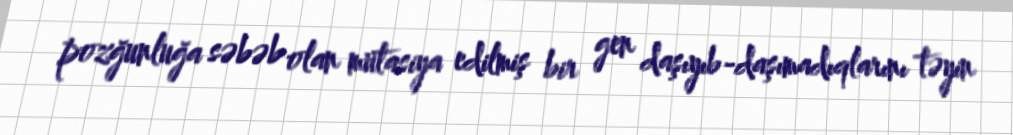
pozğunluğa səbəb olan mutasiya edilmiş bir gen daşıyıb-daşımadıqlarını təyin